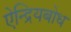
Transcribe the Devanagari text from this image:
ऐन्द्रियबोध